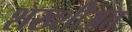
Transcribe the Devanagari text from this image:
शख्शीअत